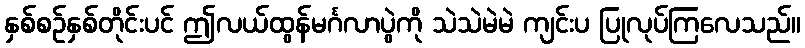
နှစ်စဉ်နှစ်တိုင်းပင် ဤလယ်ထွန်မင်္ဂလာပွဲကို သဲသဲမဲမဲ ကျင်းပ ပြုလုပ်ကြလေသည်။